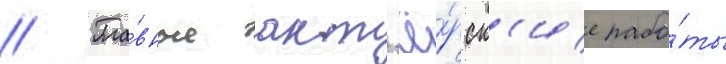
// Гла́вные акт'ё́рск'ие рабо́ты